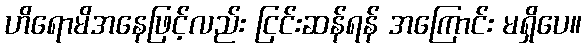
ဟိရောမိအနေဖြင့်လည်း ငြင်းဆန်ရန် အကြောင်း မရှိပေ။